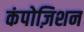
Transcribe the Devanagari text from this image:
कंपोज़िशन